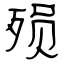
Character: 殒